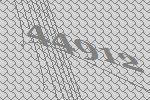
44912